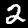
Digit: 2